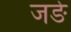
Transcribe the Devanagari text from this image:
जङे